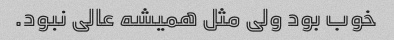
خوب بود ولی مثل همیشه عالی نبود.